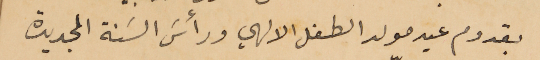
بقدوم عيد مولد الطفل الالهي ورأسَ السَنة الجديدة